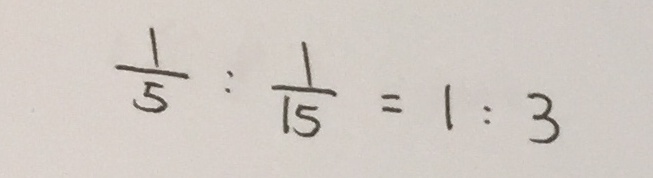
\frac { 1 } { 5 } : \frac { 1 } { 1 5 } = 1 : 3